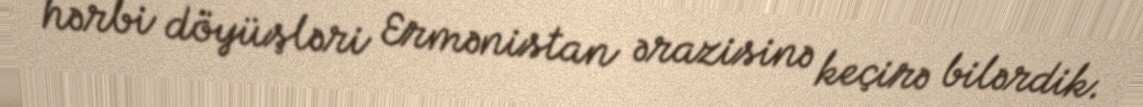
hərbi döyüşləri Ermənistan ərazisinə keçirə bilərdik.